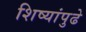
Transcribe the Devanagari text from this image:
शिष्यांपुढे